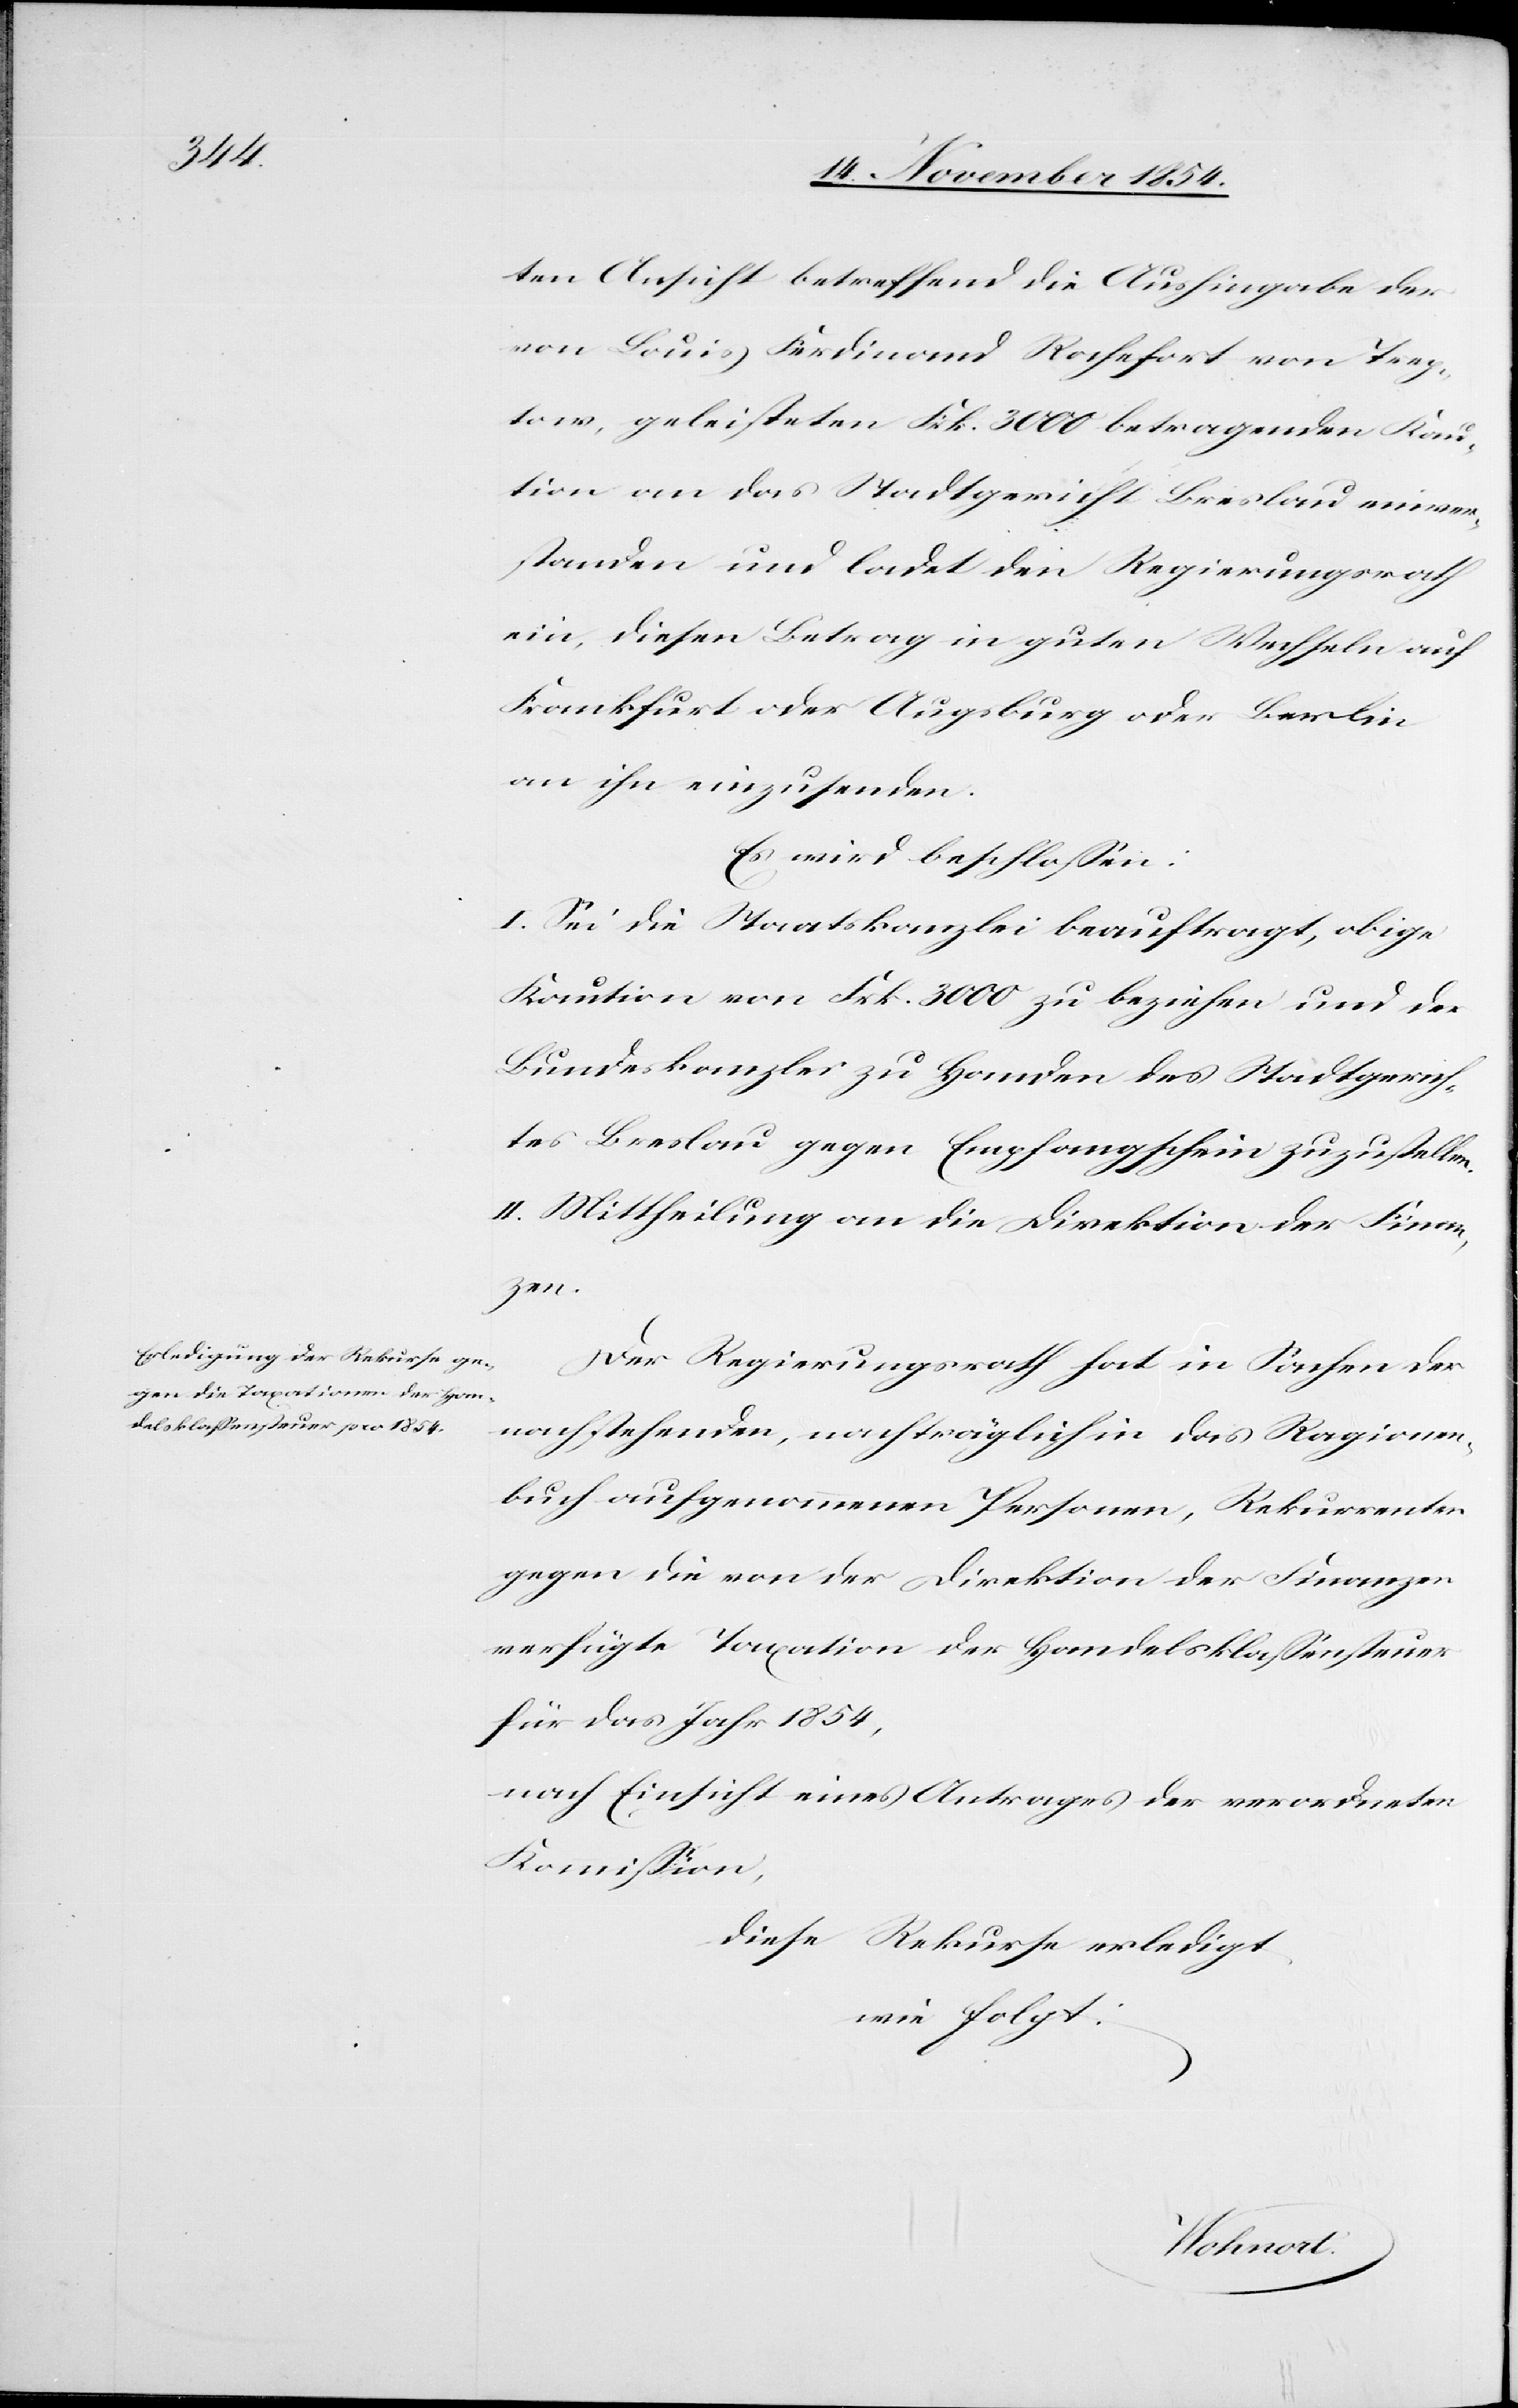
ten Ansicht betreffend die Aushingabe der
von Louis Ferdinand Rochefort von Trep¬
tow, geleisteten Frk. 3000 betragenden Kau¬
tion an das Stadtgericht Breslau einver¬
standen und ladet den Regierungsrath
ein, diesen Betrag in guten Wechseln auf
Frankfurt oder Augsburg oder Berlin
an ihn einzusenden.
Es wird beschloßen:
I. Sei die Staatskanzlei beauftragt, obige
Kaution von Frk. 3000 zu beziehen und der
Bundeskanzlei zu Handen des Stadtgerich¬
tes Breslau gegen Empfangschein zuzustellen.
II. Mittheilung an die Direktion der Finan¬
zen.
Der Regierungsrath hat in Sachen der
nachstehenden, nachträglichen das Ragionen¬
buch aufgenommenen Personen, Rekurrenten
gegen die von der Direktion der Finanzen
verfügte Taxation der Handelsklaßensteuer
für das Jahr 1854,
nach Einsicht eines Antrages der verordneten
Kommißion,
diese Rekurse erledigt,
wie folgt: